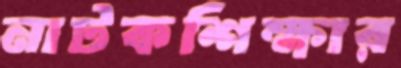
নাটকশিক্ষার